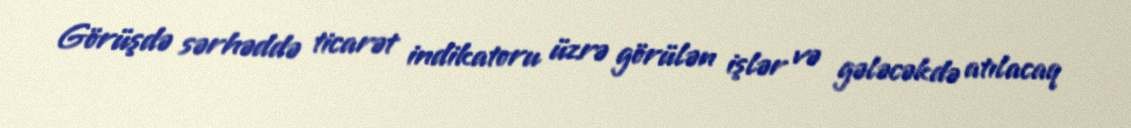
Görüşdə sərhəddə ticarət indikatoru üzrə görülən işlər və gələcəkdə atılacaq